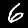
Digit: 6